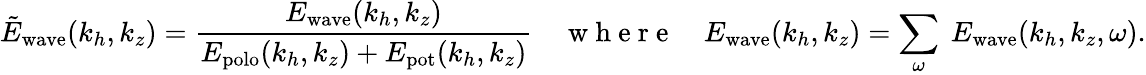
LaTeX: \tilde{E}_{\mathrm{wave}}(k_{h},k_{z})=\frac{E_{\mathrm{wave}}(k_{h},k_{z})}{E_{\mathrm{polo}}(k_{h},k_{z})+E_{\mathrm{pot}}(k_{h},k_{z})}~~~~\mathrm{~w~h~e~r~e~}~~~~E_{\mathrm{wave}}(k_{h},k_{z})=\sum_{\omega}~E_{\mathrm{wave}}(k_{h},k_{z},\omega).